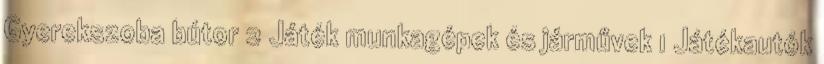
Gyerekszoba bútor 2 Játék munkagépek és járművek 1 Játékautók